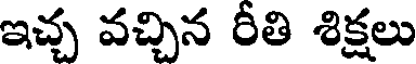
ఇచ్చ వచ్చిన రీతి శిక్షలు